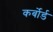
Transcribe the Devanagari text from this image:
कर्बोर्ड